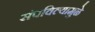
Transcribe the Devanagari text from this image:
संपविल्यामुळे